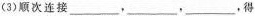
(3)顺次连接___，___，___得